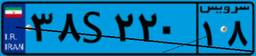
۳۸S۲۲۰۱۸